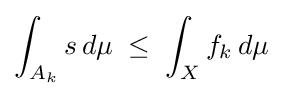
\int _{A_{k}}s\,d\mu \;\leq \;\int _{X}f_{k}\,d\mu